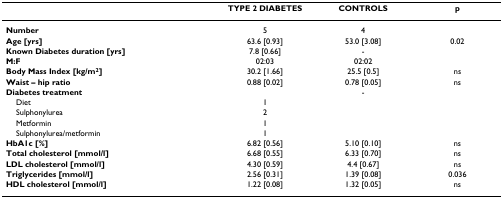
<table><thead><tr><td></td><td><b>TYPE 2 DIABETES</b></td><td><b>CONTROLS</b></td><td><b>p</b></td></tr></thead><tbody><tr><td><b>Number</b></td><td>5</td><td>4</td><td></td></tr><tr><td><b>Age [yrs]</b></td><td>63.6 [0.93]</td><td>53.0 [3.08]</td><td>0.02</td></tr><tr><td><b>Known Diabetes duration [yrs]</b></td><td>7.8 [0.66]</td><td>-</td><td></td></tr><tr><td><b>M:F</b></td><td>02:03</td><td>02:02</td><td></td></tr><tr><td><b>Body Mass Index [kg/m<sup>2</sup>]</b></td><td>30.2 [1.66]</td><td>25.5 [0.5]</td><td>ns</td></tr><tr><td><b>Waist – hip ratio</b></td><td>0.88 [0.02]</td><td>0.78 [0.05]</td><td>ns</td></tr><tr><td><b>Diabetes treatment</b></td><td></td><td>-</td><td></td></tr><tr><td> Diet</td><td>1</td><td></td><td></td></tr><tr><td> Sulphonylurea</td><td>2</td><td></td><td></td></tr><tr><td> Metformin</td><td>1</td><td></td><td></td></tr><tr><td> Sulphonylurea/metformin</td><td>1</td><td></td><td></td></tr><tr><td><b>HbA1c [%]</b></td><td>6.82 [0.56]</td><td>5.10 [0.10]</td><td>ns</td></tr><tr><td><b>Total cholesterol [mmol/l]</b></td><td>6.68 [0.55]</td><td>6.33 [0.70]</td><td>ns</td></tr><tr><td><b>LDL cholesterol [mmol/l]</b></td><td>4.30 [0.59]</td><td>4.4 [0.67]</td><td>ns</td></tr><tr><td><b>Triglycerides [mmol/l]</b></td><td>2.56 [0.31]</td><td>1.39 [0.08]</td><td>0.036</td></tr><tr><td><b>HDL cholesterol [mmol/l]</b></td><td>1.22 [0.08]</td><td>1.32 [0.05]</td><td>ns</td></tr></tbody></table>